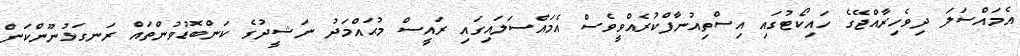
އެމައްސަލަ ދިވެހިރާއްޖޭގެ ހައިކޯޓުގައި އިސްތިއުނާފްކުރެއްވީވެސް އެމައްސަލައިގައި ރައީސް މުޙައްމަދު ނަޝީދުގެ ކަންބޮޑުވުންތައް ރަނގަޅުނޫންކަން